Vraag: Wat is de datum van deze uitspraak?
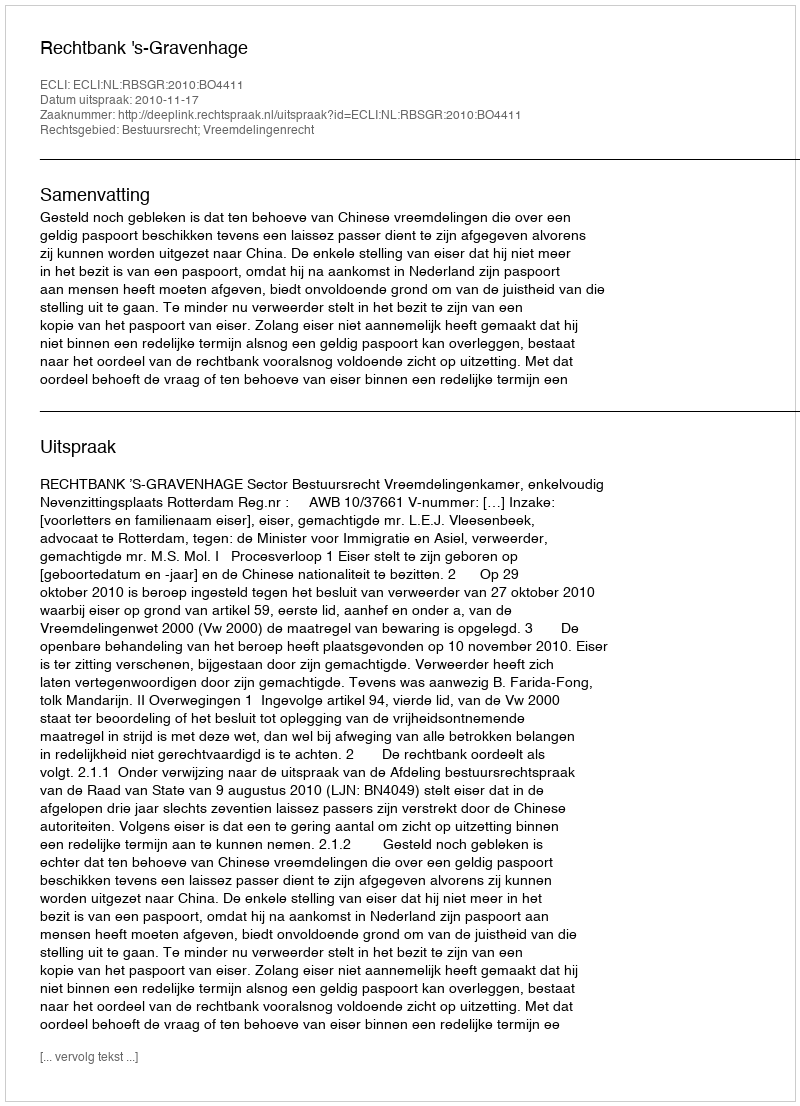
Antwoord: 2010-11-17